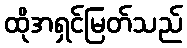
ထိုအရှင်မြတ်သည်